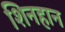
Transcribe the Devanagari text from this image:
शिनहान